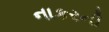
નાકરની